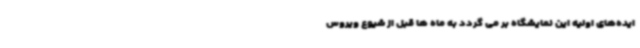
ایده‌های اولیه این نمایشگاه بر می گردد به ماه ها قبل از شیوع ویروس